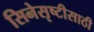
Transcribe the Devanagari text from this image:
सिनेसृष्टीसाठी